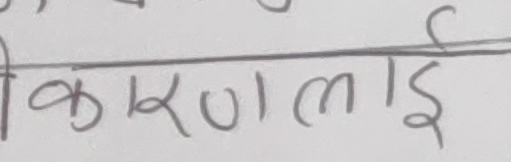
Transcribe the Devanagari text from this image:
कारणलाई